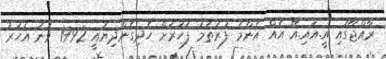
ރާއްޖޭގައި އީ.އައި.އޭ އެއް އެންމެ ފުރަތަމަ ފަހަރަށް ހެދިގެންދިޔައީ 1992 ވަނަ އަހަރު